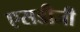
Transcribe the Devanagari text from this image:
एसडीजी